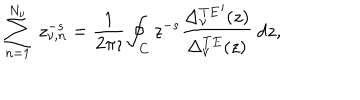
\sum _ { n = 1 } ^ { N _ { \nu } } \ z _ { \nu , n } ^ { - s } = \displaystyle { \frac { 1 } { 2 \pi \imath } } \oint _ { C } z ^ { - s } \displaystyle { \frac { { \Delta _ { \nu } ^ { T E } } ^ { \prime } ( z ) } { \Delta _ { \nu } ^ { T E } ( z ) } } \ d z ,